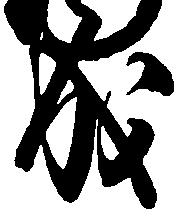
成